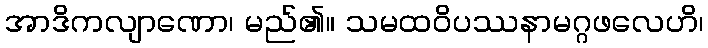
အာဒိကလျာဏော၊ မည်၏။ သမထဝိပဿနာမဂ္ဂဖလေဟိ၊